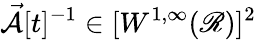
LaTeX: \vec{\mathcal{A}}[t]^{-1}\in[W^{1,\infty}(\mathscr{R})]^{2}